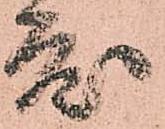
度